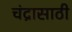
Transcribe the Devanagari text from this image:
चंद्रासाठी